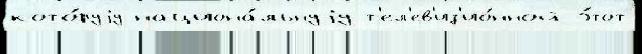
кото́руjу национа́льнуjу т'ел'ев'из'ио́нной э́тот